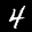
Label: 4